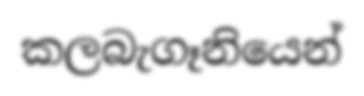
කලබැගෑනියෙන්